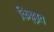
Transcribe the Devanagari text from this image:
किल्लाव